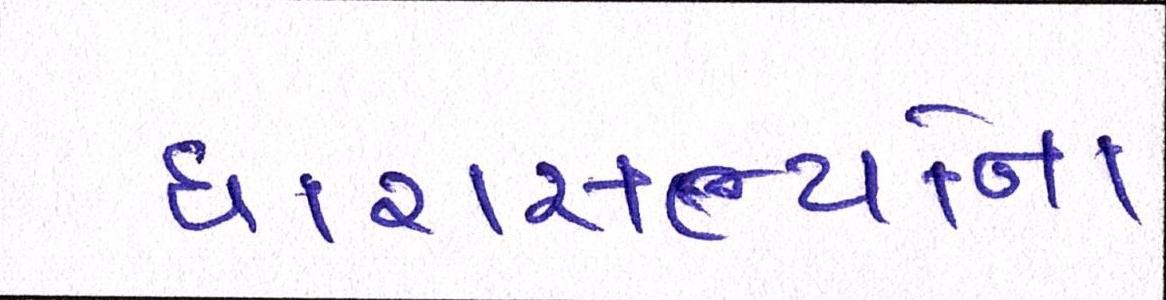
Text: ધારાસભ્યોના